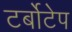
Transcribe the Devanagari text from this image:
टर्बोटेप